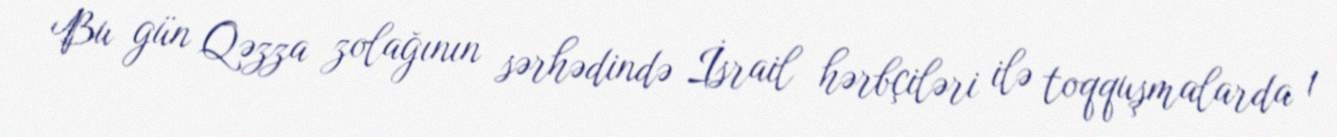
Bu gün Qəzza zolağının sərhədində İsrail hərbçiləri ilə toqquşmalarda 1